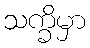
သက္ခိမှာ